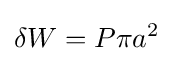
\delta W=P\pi {a^{2}}\,\!